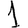
Digit: 1